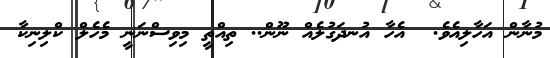
މުނާން އަހާލިއެވެ.  އެހާ އުނދަގުލެއް ނޫން.. ތިއްތީ މިވިސްނަނީ މެހެލް ކްލިނިކާ